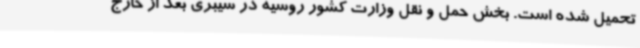
تحمیل شده است. بخش حمل و نقل وزارت کشور روسیه در سیبری بعد از خارج